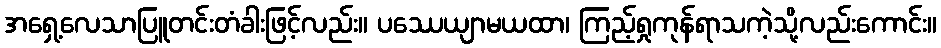
အရှေ့လေသာပြူတင်းတံခါးဖြင့်လည်း။ ပဿေယျာမယထာ၊ ကြည့်ရှုကုန်ရာသကဲ့သို့လည်းကောင်း။